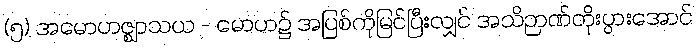
(၅) အမောဟဇ္ဈာသယ - မောဟ၌ အပြစ်ကိုမြင်ပြီးလျှင် အသိဉာဏ်တိုးပွားအောင်